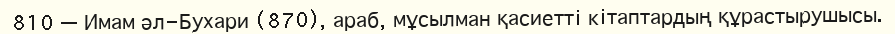
810 — Имам әл-Бухари (870), араб, мұсылман қасиеттi кiтаптардың құрастырушысы.